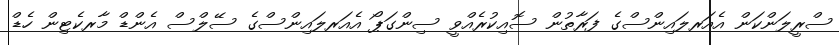
ސްރީލަންކަން އެއަރލައިންސްގެ ފަރާތުން ސޮއިކުރެއްވީ ސިންގަޕޯ އެއަރލައިންސްގެ ސޭލްސް އެންޑް މާރކެޓިން ހެޑް